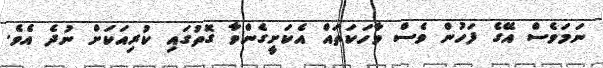
ނަމަވެސް އޭގެ ފަހުން ވެސް ވާހަކަތައް އެކަށީގެންވާ ގޮތުގައި ކުރިއަކަށް ނުދެ އެވެ.